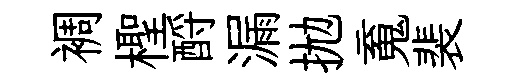
裯檉酹漏拋䰟裴